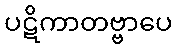
ပဋိကာတဗ္ဗာပေ